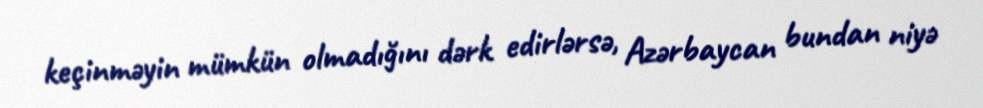
keçinməyin mümkün olmadığını dərk edirlərsə, Azərbaycan bundan niyə